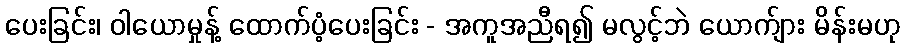
ပေးခြင်း၊ ဝါယောမှုန့် ထောက်ပံ့ပေးခြင်း - အကူအညီရ၍ မလွင့်ဘဲ ယောက်ျား မိန်းမဟု